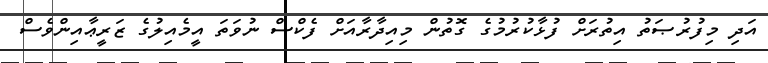
އަދި މިފުރުޞަތު އިތުރަށް ފުޅާކުރުމުގެ ގޮތުން މިއިދާރާއަށް ފެކްސް ނުވަތަ އީމެއިލުގެ ޒަރީޢާއިންވެސް